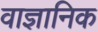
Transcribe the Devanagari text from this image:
वाज्ञानिक